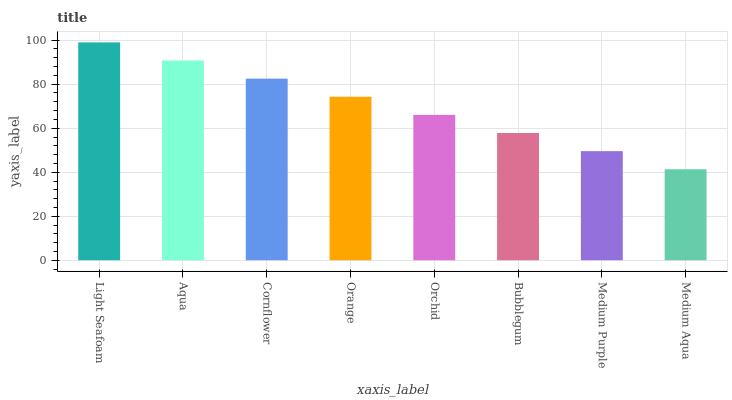
| xaxis_label | bars |
 | --- | --- |
 | Light Seafoam | 99 |
 | Aqua | 90.8 |
 | Cornflower | 82.5 |
 | Orange | 74.3 |
 | Orchid | 66.1 |
 | Bubblegum | 57.8 |
 | Medium Purple | 49.6 |
 | Medium Aqua | 41.3 |